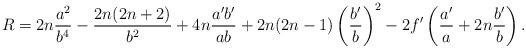
LaTeX: \begin{align*}R = 2n \frac{a^2}{b^4} - \frac{2n(2n+2)}{b^2} + 4n \frac{a'b'}{ab}+ 2n(2n-1)\left(\frac{b'}{b}\right)^2 -2f'\left(\frac{a'}{a} + 2n \frac{b'}{b}\right).\end{align*}